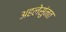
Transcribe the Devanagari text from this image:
अहलेसुंनत